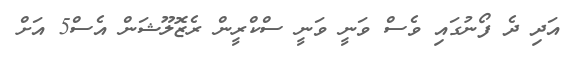
އަދި ދެ ފޯނުގައި ވެސް ވަނީ ވަނީ ސްކްރީން ރެޒޮލޫޝަން އެސް5 އަށް